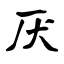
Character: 厌